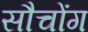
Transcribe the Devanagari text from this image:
सौचोंग